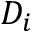
D _ { i }